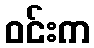
ဝင်းက